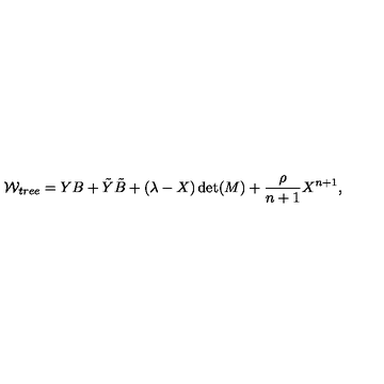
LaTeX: { \cal W } _ { t r e e } = Y B + { \tilde { Y } } { \tilde { B } } + ( \lambda - X ) \det ( M ) + { \frac { \rho } { n + 1 } } X ^ { n + 1 } ,